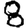
Digit: 8